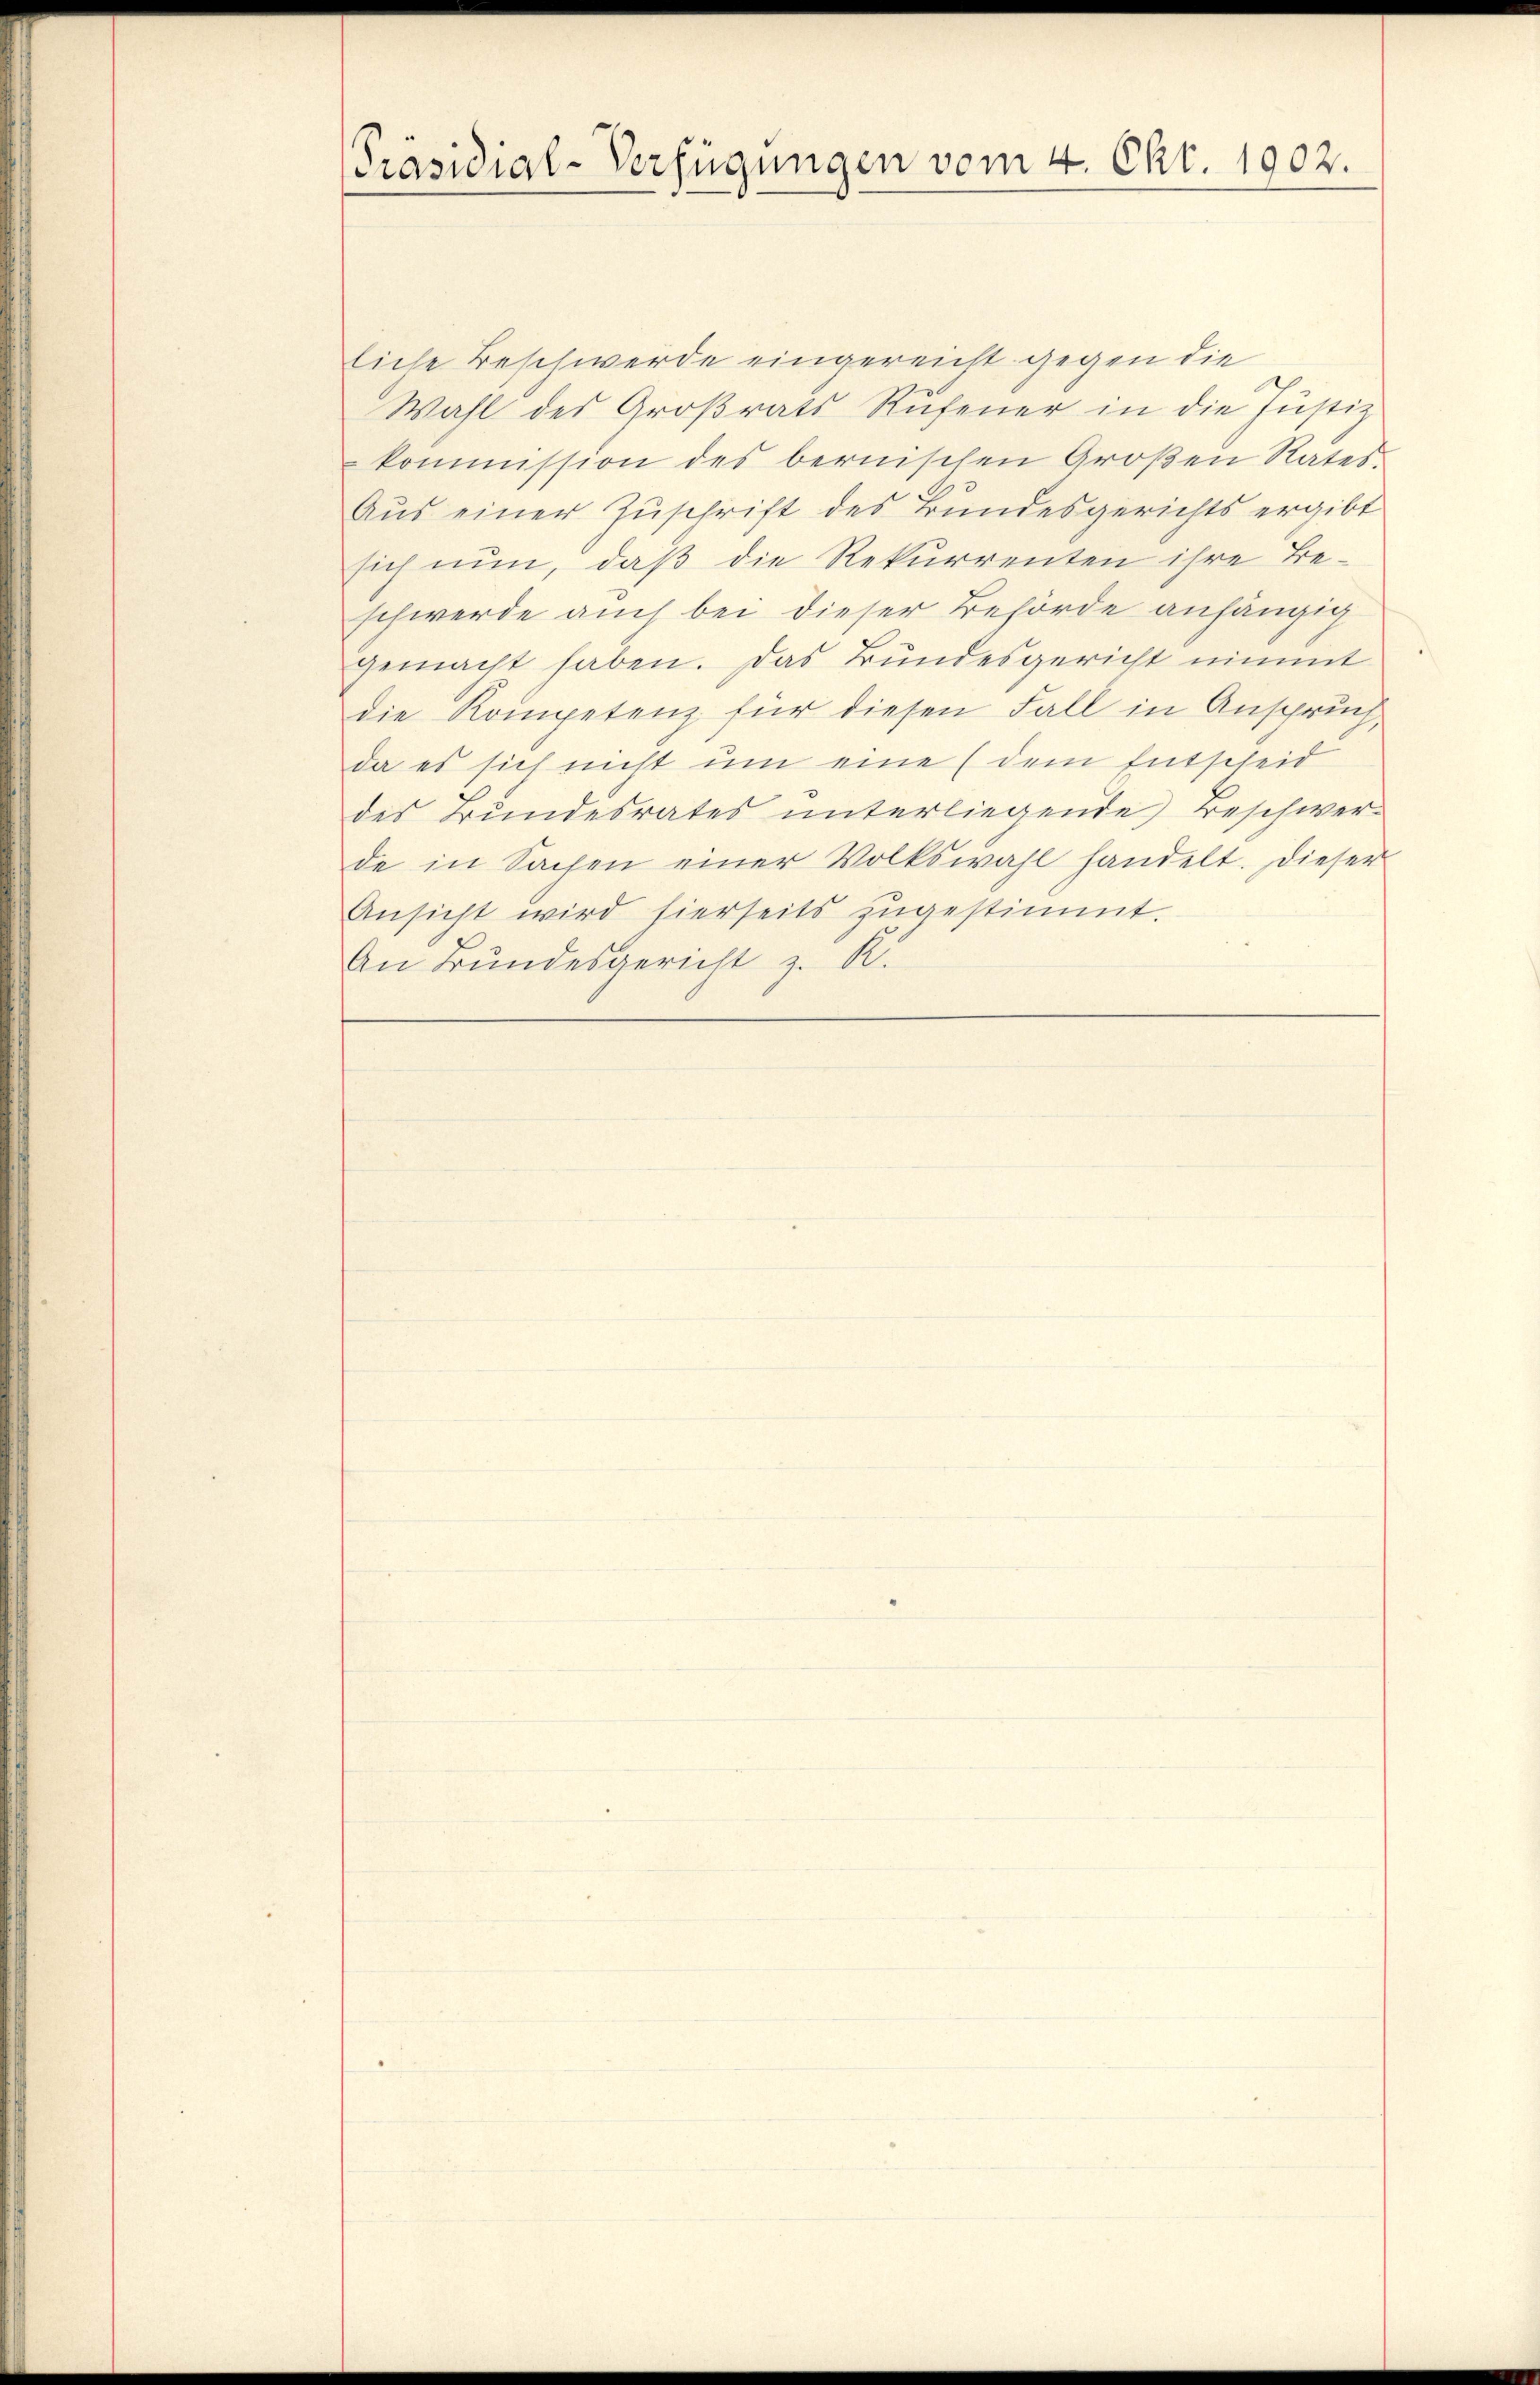
Präsidial-Verfügungen vom 4. Okt. 1902.

liche Beschwerde eingereicht gegen die
Wahl des Großrats Rufener in die Justiz
kommission des bernischen Großen Rates.
Aus einer Zuschrift des Bundesgerichts ergibt
sich nun, daß die Rekurrenten ihre Beschwerde auch bei dieser Behörde anhängig
gemacht haben. Das Bundesgericht nimmt
die Kompetenz für diesen Fall in Anspruch,
da es sich nicht um eine (dem Entscheid
des Bundesrates unterliegende Beschwer-
de in Sachen einer Volkswahl handelt. Dieser
Ansicht wird hierseits zugestimmt.
An Bundesgericht z. R.